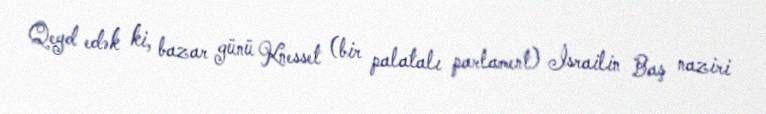
Qeyd edək ki, bazar günü Knesset (bir palatalı parlament) İsrailin Baş naziri